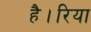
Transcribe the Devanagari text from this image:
है।रिया